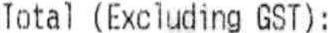
TOTAL (EXCLUDING GST) :